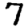
Digit: 7